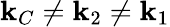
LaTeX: \mathbf{k}_{C}\neq\mathbf{k}_{2}\neq\mathbf{k}_{1}